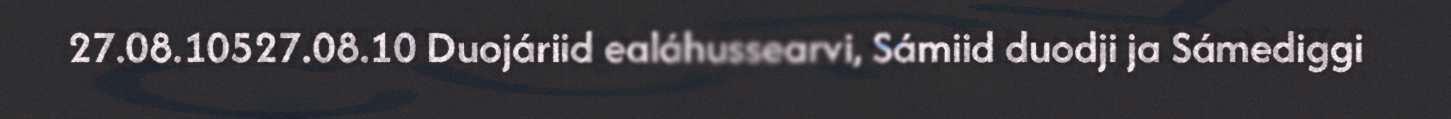
27.08.10527.08.10 Duojáriid ealáhussearvi, Sámiid duodji ja Sámediggi